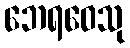
ဘေရဝေသု